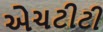
એચટીટી